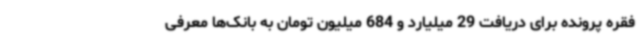
فقره پرونده برای دریافت 29 میلیارد و 684 میلیون تومان به بانک‌ها معرفی